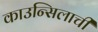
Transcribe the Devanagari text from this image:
काउन्सिलाची